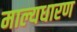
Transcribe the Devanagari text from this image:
माल्यधारण